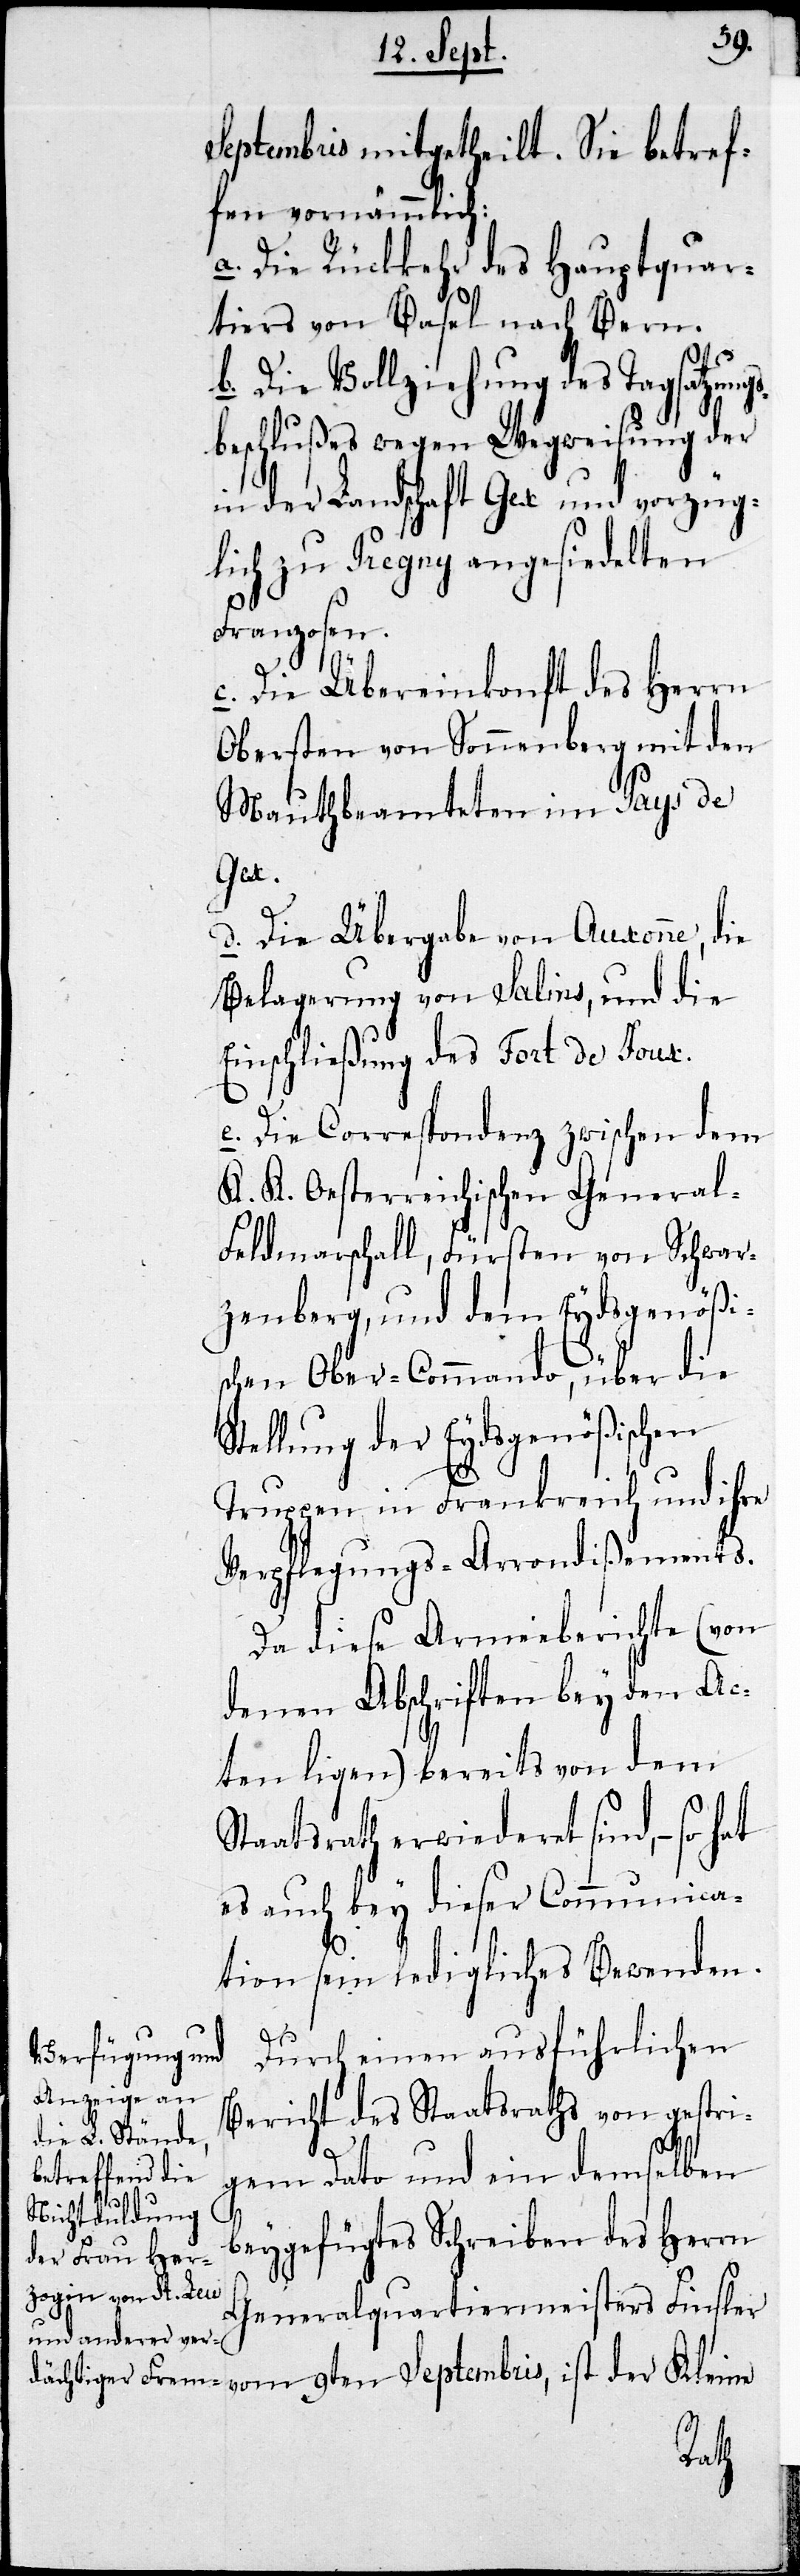
Septembris mitgetheilt. Sie betraf¬
fen vornämmlich:
a. Die Rückkehr des Hauptquar¬
tiers von Basel nach Bern.
b. Die Vollziehung des Tagsatzungs¬
beschlußes wegen Wegweisung der
in der Landschaft Gex und vorzüg¬
lich zu Pregny angesiedelten
Franzosen.
c. Die Übereinkonft des
Obersten von Sonnenberg mit den
Mauthbeamteten im Pays de
Gex.
d. Die Übergabe von Auxonne, die
Belagerung von Salins, und die
Einschließung des Fort de Joux.
e. Die Correspondenz zwischen dem
K. K. Oesterreichischen General-F¬
eldmarschall, Fürsten von Schwar¬
zenberg, und dem Eydsgenößi¬
schen Ober-Commando, über die
Stellung der Eydsgenößischen
Truppen in Frankreich und ihre
Verpflegungs-Arrondißements.
Da diese Armeeberichte (von
denen Abschriften bey den Ac¬
ten ligen) bereits von dem
Staatsrath erwiederet sind, – so
es auch bey dieser Communica¬
tion sein ledigliches Bewenden.
Durch einen ausführlichen
Bericht des Staatsraths von gestri¬
gem Dato und ein demselben
beygefügtes Schreiben des Herrn
Generalquartiermeisters Finsler
vom 9ten Septembris, ist der Kleine